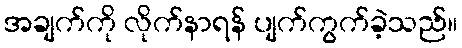
အချက်ကို လိုက်နာရန် ပျက်ကွက်ခဲ့သည်။